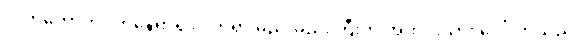
လက်ကောက်ဝတ်နေရာရှိ လက်ရာ မည်းမည်းကြီးက အထင်းသား ပေါ်လာသည်။